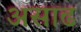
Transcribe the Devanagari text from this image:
असाढ